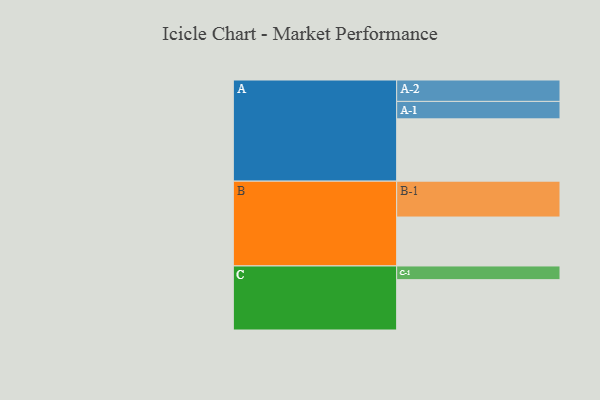
{"axis": {"x": "Segment", "y": "Value"}, "legend": ["", "A", "B", "C"], "data": [{"x": "A", "y": 396, "type": ""}, {"x": "B", "y": 311, "type": ""}, {"x": "C", "y": 320, "type": ""}, {"x": "A-1", "y": 111, "type": "A"}, {"x": "A-2", "y": 136, "type": "A"}, {"x": "B-1", "y": 228, "type": "B"}, {"x": "C-1", "y": 87, "type": "C"}]}